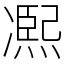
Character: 𠘑